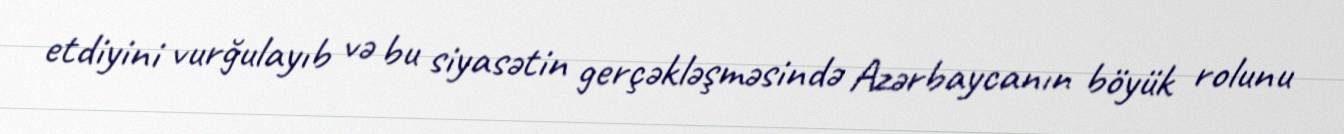
etdiyini vurğulayıb və bu siyasətin gerçəkləşməsində Azərbaycanın böyük rolunu